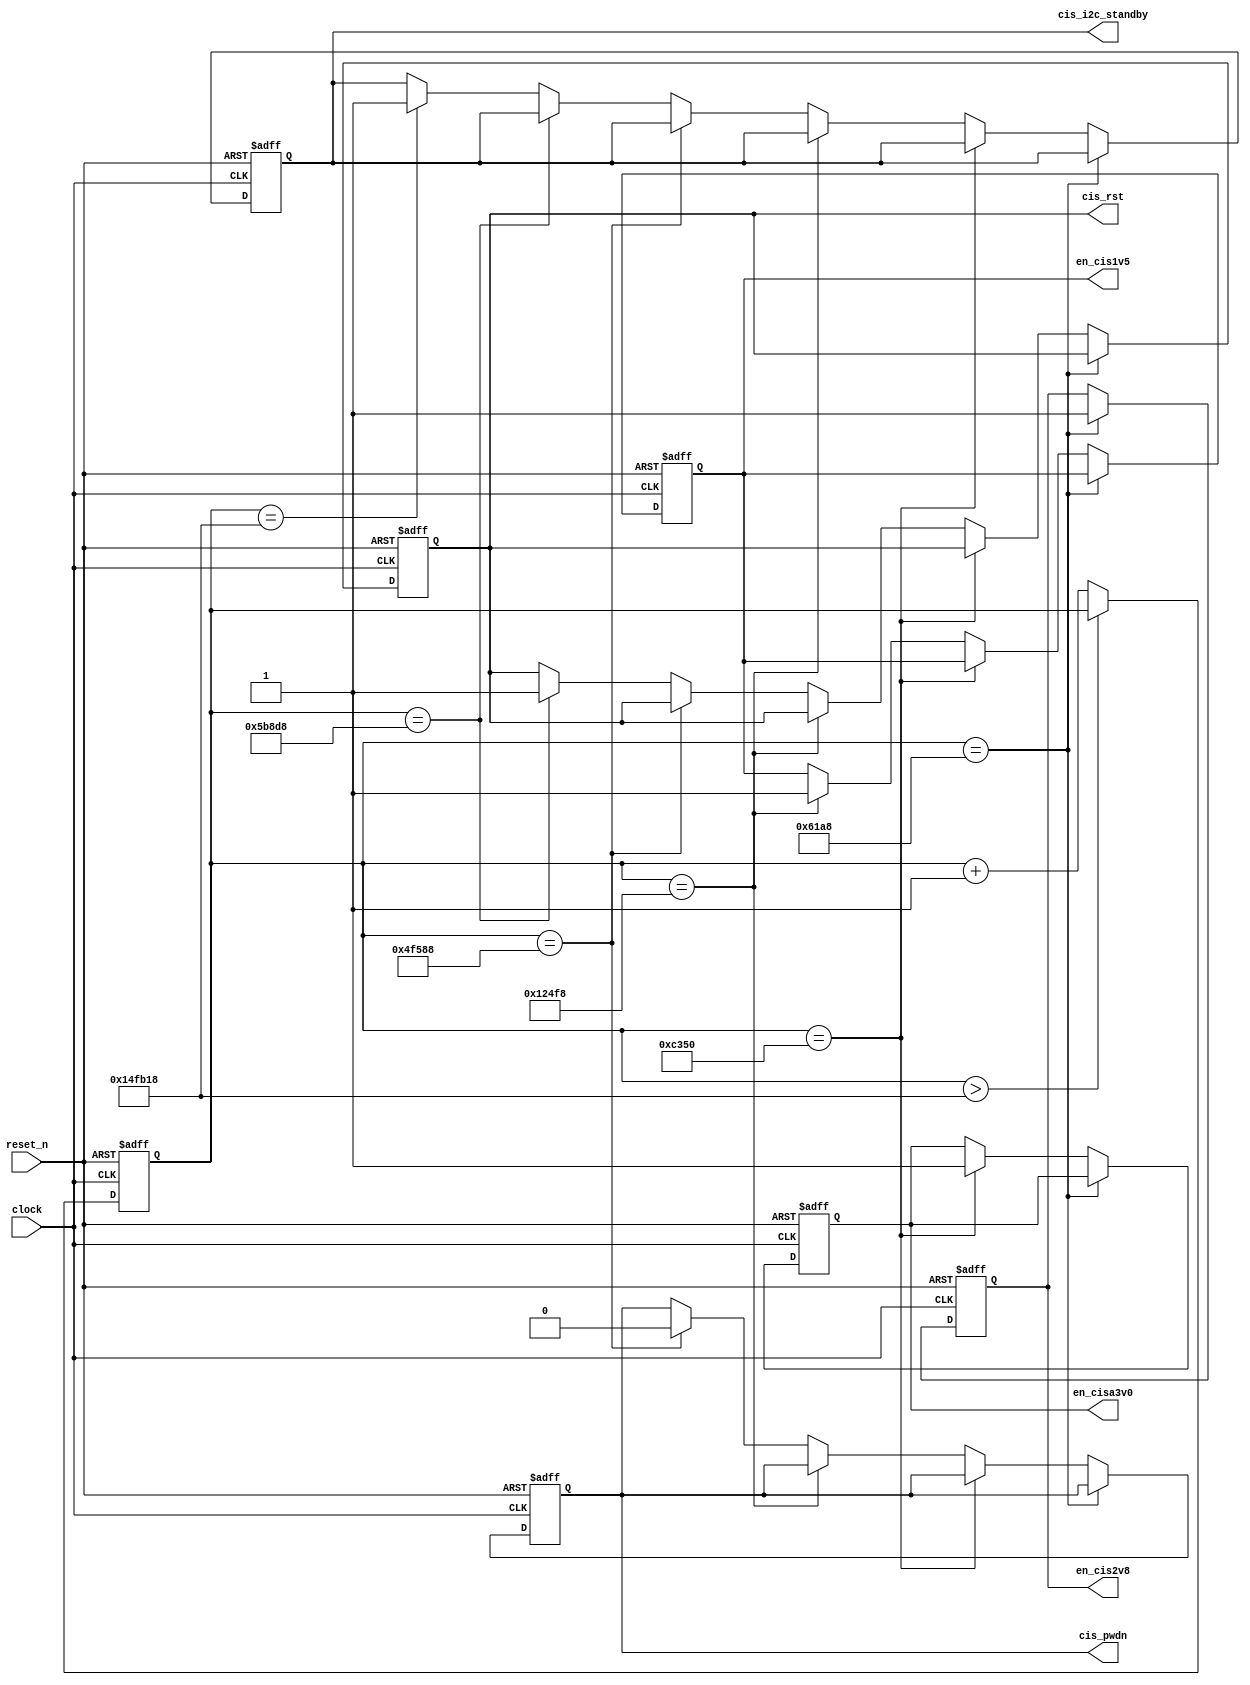
//---------------------------------------------------------------------------------------

module power_up(
		
		//clock,reset
		clock, reset_n,
		//
		en_cis1v5, en_cisa3v0, en_cis2v8, cis_pwdn, cis_rst,
		//
		cis_i2c_standby

);

//---------------------------------------------------------------------------------------

//
input								clock;
input								reset_n;

//
output								en_cis1v5;
output								en_cis2v8;
output								en_cisa3v0;
output								cis_pwdn;
output								cis_rst;

//
output								cis_i2c_standby;

//---------------------------------------------------------------------------------------

//							
reg									r_en_cis1v5;
reg									r_en_cis2v8;
reg									r_en_cisa3v0;
reg									r_cis_pwdn;
reg									r_cis_rst;

//
reg									r_cis_i2c_standby;

//
reg		[20:0]						cnt;

//---------------------------------------------------------------------------------------

parameter		[20:0]				delay_tpll = 25000;
parameter		[20:0]				delay_t0 = 25000;
parameter		[20:0]				delay_t1 = 25000;
parameter		[20:0]				delay_t2 = 250000;
parameter		[20:0]				delay_t3 = 50000;
parameter		[20:0]				delay_t4 = 1000000;

//---------------------------------------------------------------------------------------

assign		en_cis2v8 = r_en_cis2v8;
assign		en_cisa3v0 = r_en_cisa3v0;
assign		en_cis1v5 = r_en_cis1v5;
assign		cis_pwdn = r_cis_pwdn;
assign		cis_rst = r_cis_rst;
assign		cis_i2c_standby = r_cis_i2c_standby;

//---------------------------------------------------------------------------------------

always@(posedge clock or negedge reset_n)
	begin
		if(!reset_n)
			cnt <= 0;
		else if( cnt > (delay_t0 + delay_t1 + delay_t2 + delay_t3 + delay_t4 + delay_tpll) )
			cnt <= cnt;
		else
			cnt <= cnt + 1'b1;
	end

always@(posedge clock or negedge reset_n)
	begin
		if(!reset_n)
			begin
				r_en_cis2v8 <= 1'b0;
				r_en_cisa3v0 <= 1'b0;
				r_en_cis1v5 <= 1'b0;
				r_cis_pwdn <= 1'b1;
				r_cis_rst <= 1'b0;
				r_cis_i2c_standby <= 1'b0;
			end
		else if( cnt == delay_tpll )
			r_en_cis2v8 <= 1'b1;
		else if( cnt == (delay_t0 + delay_tpll) )
			r_en_cisa3v0 <= 1'b1;
		else if( cnt == (delay_t0 + delay_t1 + delay_tpll) )
			r_en_cis1v5 <= 1'b1;	
		else if( cnt == (delay_t0 + delay_t1 + delay_t2 + delay_tpll) )
			r_cis_pwdn <= 1'b0;
		else if( cnt == (delay_t0 + delay_t1 + delay_t2 + delay_t3 + delay_tpll) )
			r_cis_rst <= 1'b1;
		else if( cnt == (delay_t0 + delay_t1 + delay_t2 + delay_t3 + delay_t4 + delay_tpll) )
			r_cis_i2c_standby <= 1'b1;
		else
			begin
				r_en_cis2v8 <= r_en_cis2v8;
				r_en_cisa3v0 <= r_en_cisa3v0;
				r_en_cis1v5 <= r_en_cis1v5;
				r_cis_pwdn <= r_cis_pwdn;
				r_cis_rst <= r_cis_rst;
				r_cis_i2c_standby <= r_cis_i2c_standby;
			end
	end
	
//---------------------------------------------------------------------------------------

endmodule